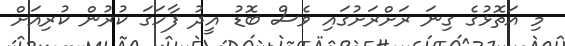
މި އަތޮޅުގެ ގިނަ ރަށްރަށުގައި ވެސް ބޮޑު އީދު ފާހަގަ ކުރުން ކުރިއަށް